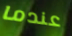
عندما